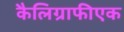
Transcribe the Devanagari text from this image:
कैलिग्राफीएक